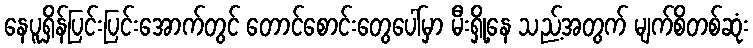
နေပူရှိန်ပြင်းပြင်းအောက်တွင် တောင်စောင်းတွေပေါ်မှာ မီးရှို့နေ သည့်အတွက် မျက်စိတစ်ဆုံး